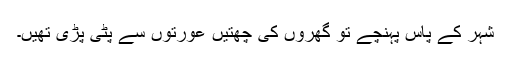
شہر کے پاس پہنچے تو گھروں کی چھتیں عورتوں سے پٹی پڑی تھیں۔